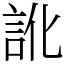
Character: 訛